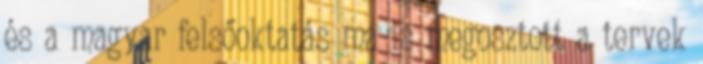
és a magyar felsőoktatás ma is megosztott a tervek